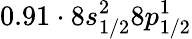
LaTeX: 0.91\cdot 8s_{1/2}^{2}8p_{1/2}^{1}